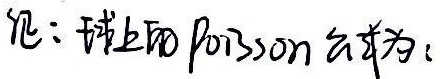
记：球上的Poisson 方程为：